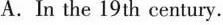
A.In the 19 th century.